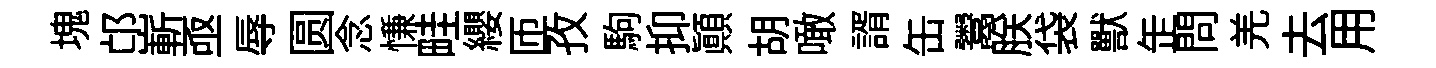
塊邙嶄亟辱圆念慊畦纓匝孜駒抑顚胡噉諝缶鬻朕袋獸𦈢問羌去用